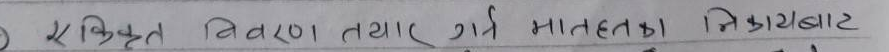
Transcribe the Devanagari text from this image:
एकीकृत विवरण तयार गर्ने मातहतका निकायबाट